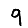
Digit: 9